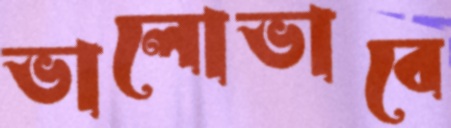
ভালোভাবে